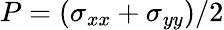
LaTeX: P=(\sigma_{xx}+\sigma_{yy})/2